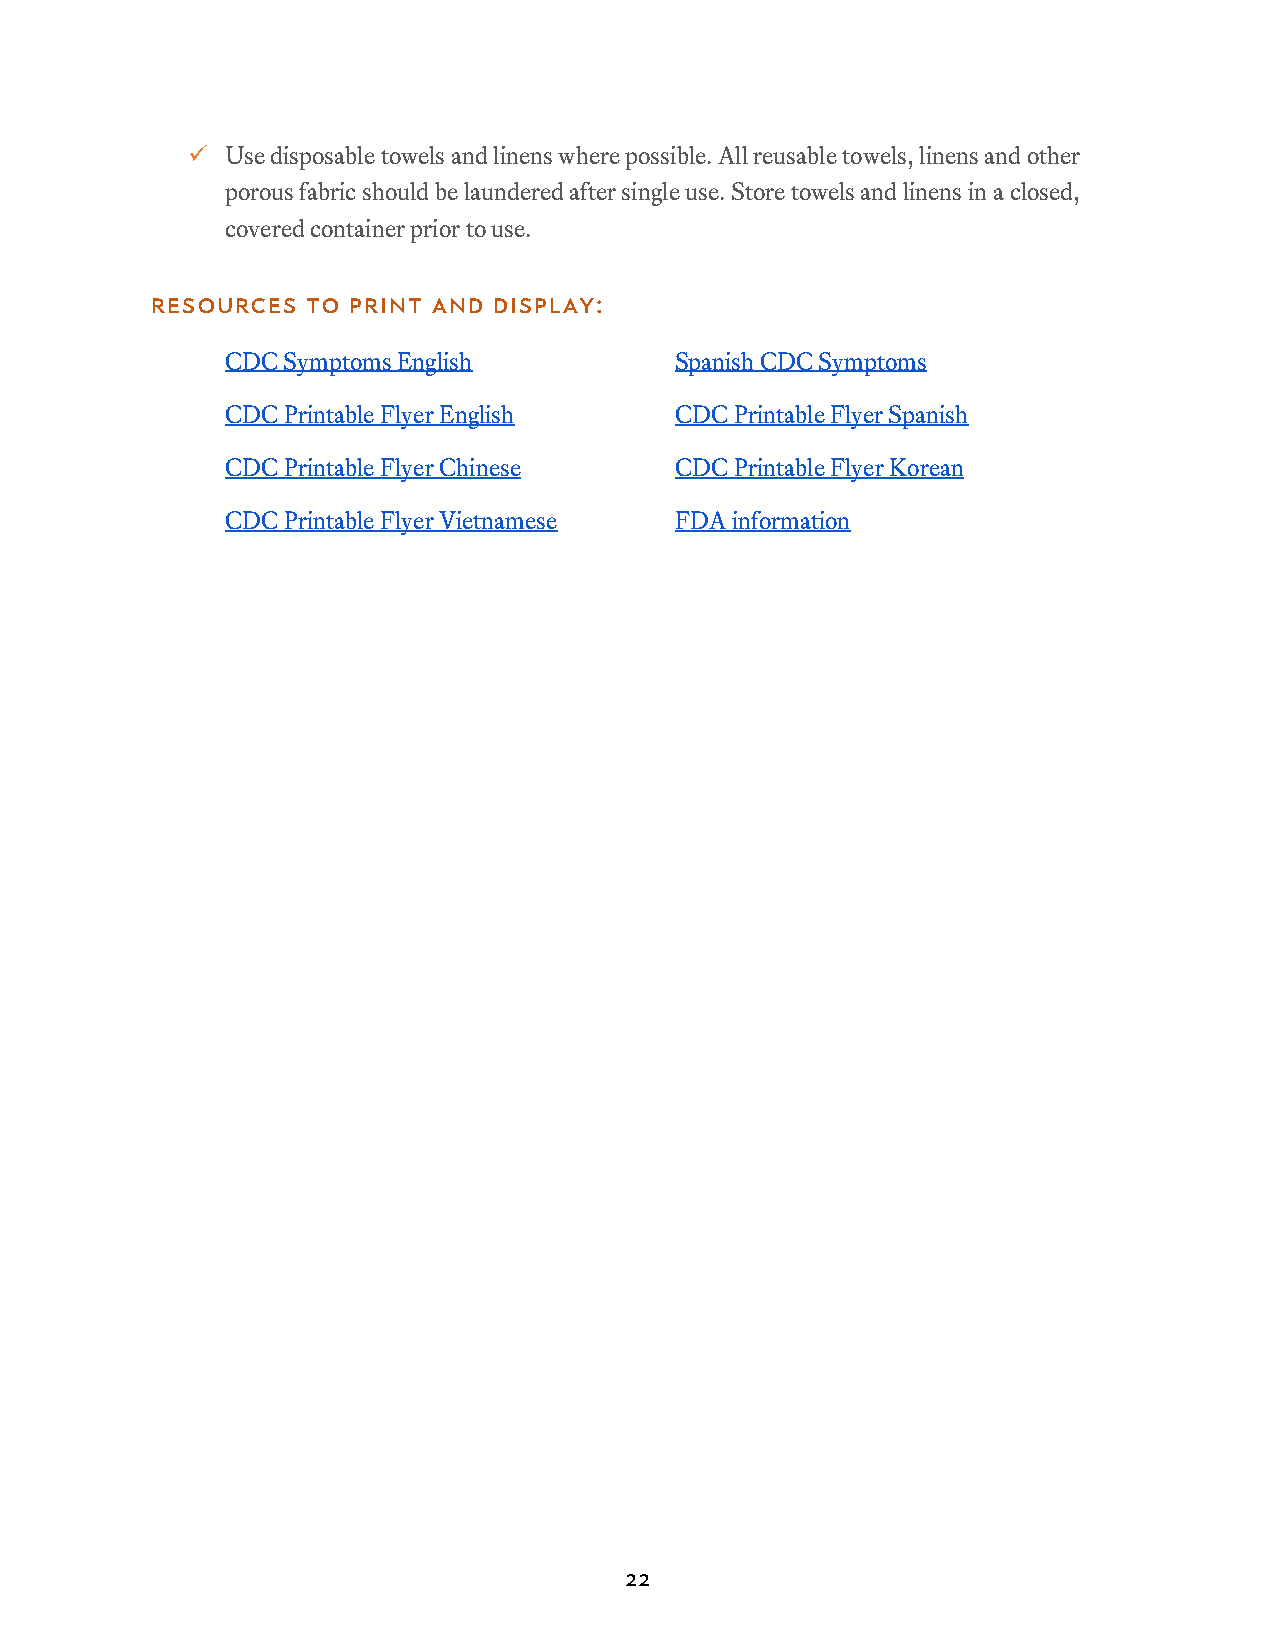
  Use disposable towels and linens where possible. All reusable towels, linens and other
 porous fabric should be laundered after single use. Store towels and linens in a closed,
 covered container prior to use.
 Resources to print and display:
 CDC Symptoms English          Spanish CDC Symptoms
 CDC Printable Flyer English   CDC Printable Flyer Spanish
 CDC Printable Flyer Chinese   CDC Printable Flyer Korean
 CDC Printable Flyer Vietnamese FDA information
 22